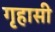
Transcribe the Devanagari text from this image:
गृहासी